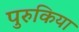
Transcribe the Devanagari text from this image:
पुरुकिया